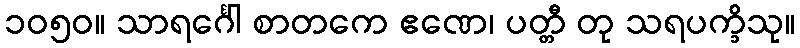
၁၀၅၀။ သာရင်္ဂေါ စာတကေ ဧဏေ၊ ပတ္တီ တု သရပက္ခိသု။